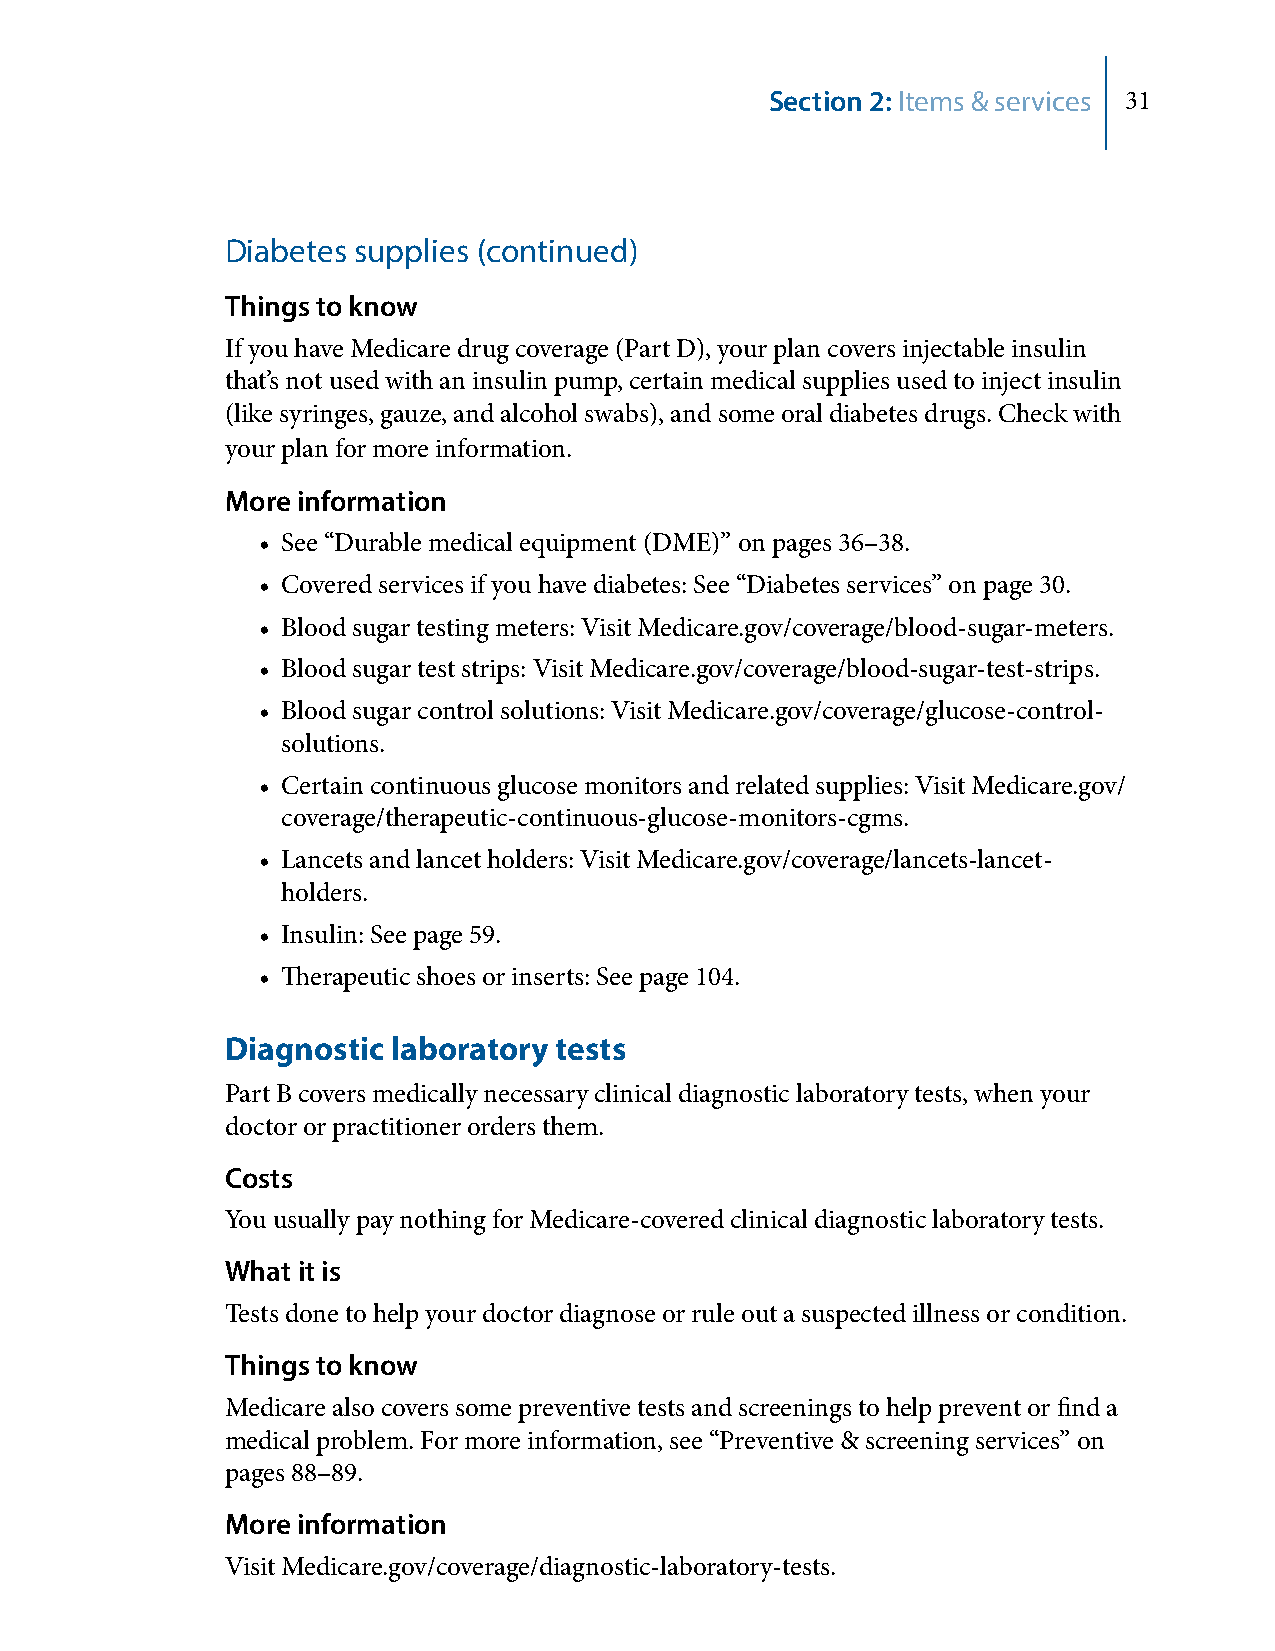
Section 2: Items & services 31
 Diabetes supplies (continued)
 Things to know
 If you have Medicare drug coverage (Part D), your plan covers injectable insulin
 that’s not used with an insulin pump, certain medical supplies used to inject insulin
 (like syringes, gauze, and alcohol swabs), and some oral diabetes drugs. Check with
 your plan for more information.
 More information
 • See “Durable medical equipment (DME)” on pages 36–38.
 • Covered services if you have diabetes: See “Diabetes services” on page 30.
 • Blood sugar testing meters: Visit Medicare.gov/coverage/blood-sugar-meters.
 • Blood sugar test strips: Visit Medicare.gov/coverage/blood-sugar-test-strips.
 • Blood sugar control solutions: Visit Medicare.gov/coverage/glucose-control-
 solutions.
 • Certain continuous glucose monitors and related supplies: Visit Medicare.gov/
 coverage/therapeutic-continuous-glucose-monitors-cgms.
 • Lancets and lancet holders: Visit Medicare.gov/coverage/lancets-lancet-
 holders.
 • Insulin: See page 59.
 • Therapeutic shoes or inserts: See page 104.
 Diagnostic laboratory tests
 Part B covers medically necessary clinical diagnostic laboratory tests, when your
 doctor or practitioner orders them.
 Costs
 You usually pay nothing for Medicare-covered clinical diagnostic laboratory tests.
 What it is
 Tests done to help your doctor diagnose or rule out a suspected illness or condition.
 Things to know
 Medicare also covers some preventive tests and screenings to help prevent or find a
 medical problem. For more information, see “Preventive & screening services” on
 pages 88–89.
 More information
 Visit Medicare.gov/coverage/diagnostic-laboratory-tests.